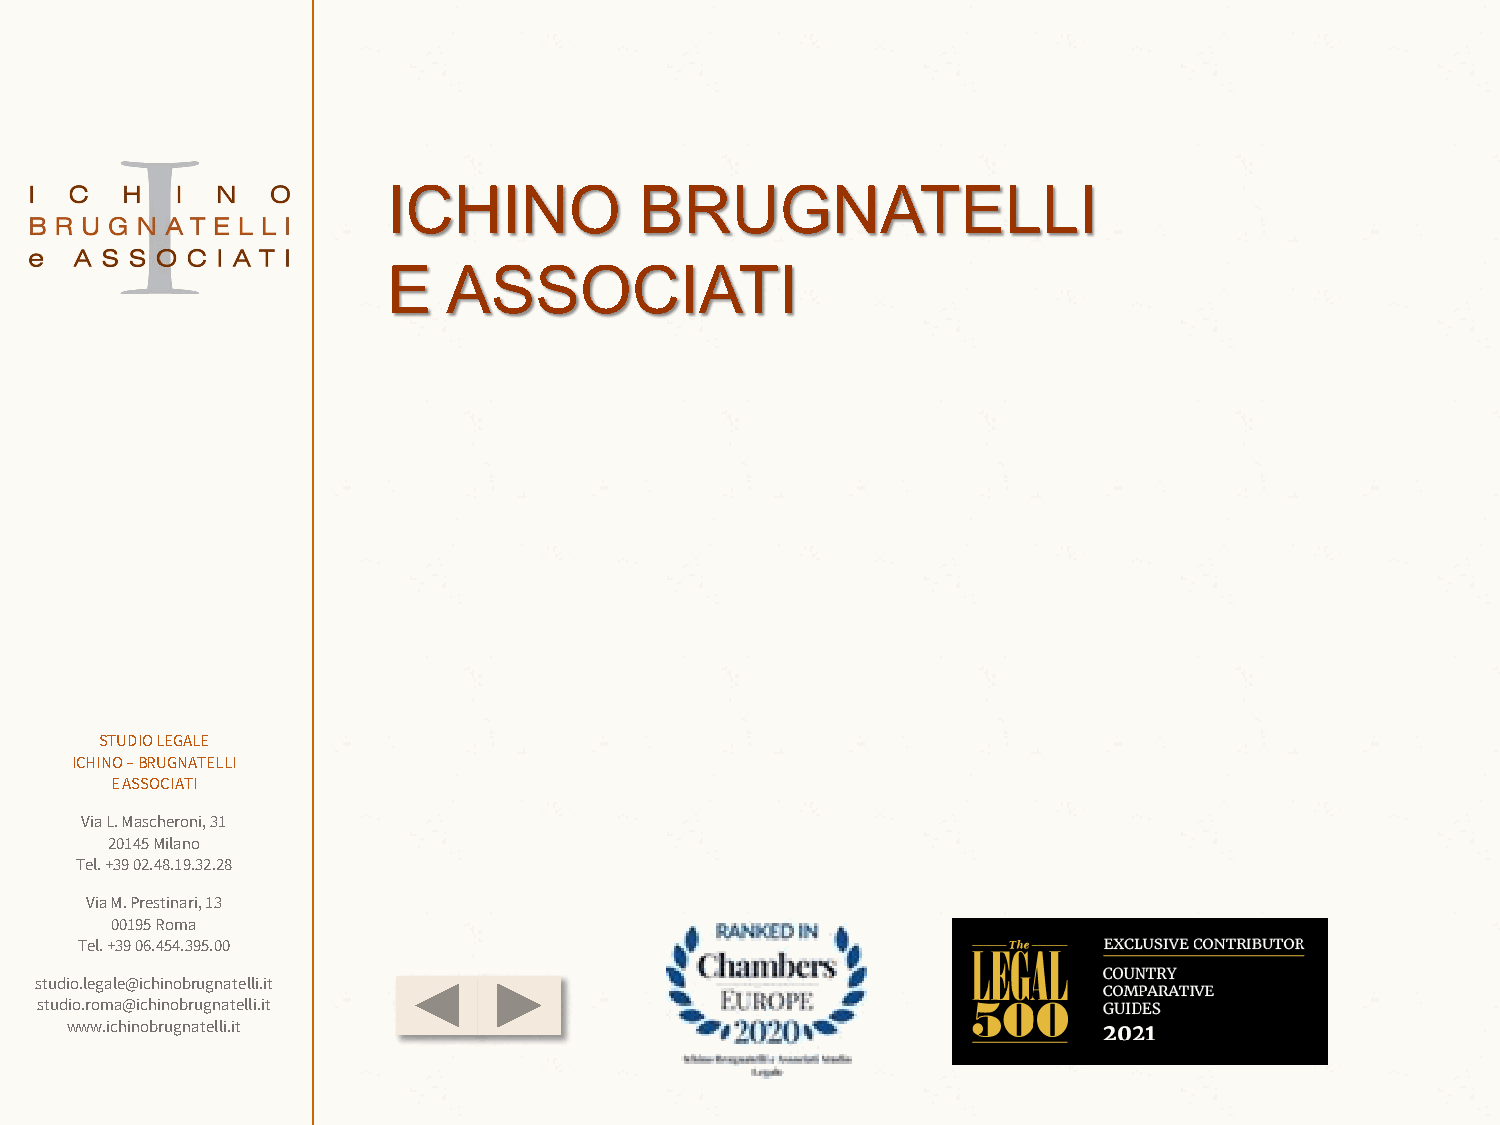
ICHINO          BRUGNATELLI
 E   ASSOCIATI
 STUDIO LEGALE
 ICHINO –BRUGNATELLI
 E ASSOCIATI
 Via L. Mascheroni, 31
 20145 Milano
 Tel. +39 02.48.19.32.28
 Via M. Prestinari, 13
 00195 Roma
 Tel. +39 06.454.395.00
 studio.legale@ichinobrugnatelli.it
 studio.roma@ichinobrugnatelli.it
 www.ichinobrugnatelli.it